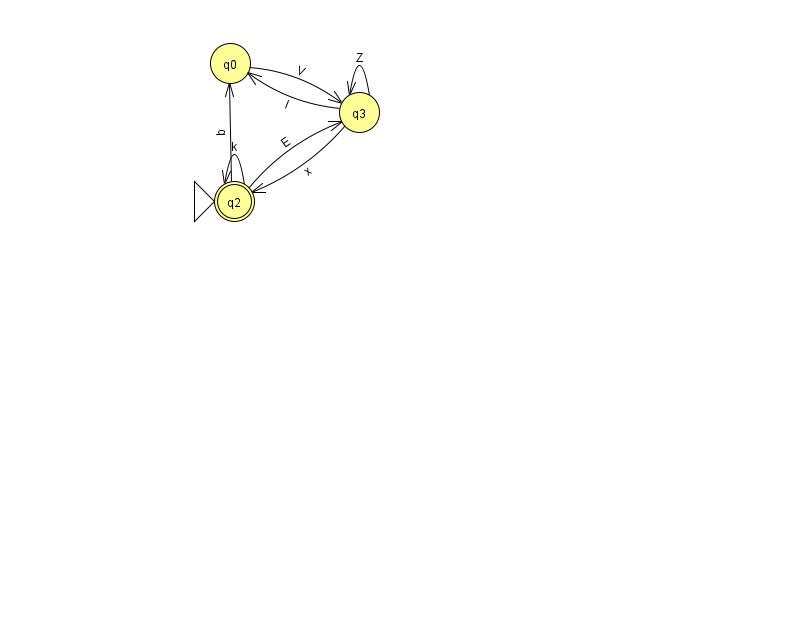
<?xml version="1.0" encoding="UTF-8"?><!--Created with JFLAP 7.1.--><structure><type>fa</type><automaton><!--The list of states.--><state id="0" name="q0"><x>230.0</x><y>50.0</y></state><state id="2" name="q2"><x>234.0</x><y>188.0</y><initial/><final/></state><state id="3" name="q3"><x>359.0</x><y>99.0</y></state><!--The list of transitions.--><transition><from>3</from><to>2</to><read>x</read></transition><transition><from>0</from><to>3</to><read>V</read></transition><transition><from>3</from><to>0</to><read>l</read></transition><transition><from>3</from><to>3</to><read>Z</read></transition><transition><from>2</from><to>2</to><read>k</read></transition><transition><from>2</from><to>0</to><read>q</read></transition><transition><from>2</from><to>3</to><read>E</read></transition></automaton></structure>